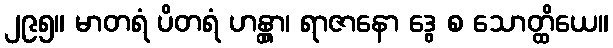
၂၉၅။ မာတရံ ပိတရံ ဟန္တွာ၊ ရာဇာနော ဒွေ စ သောတ္ထိယေ။